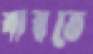
ঝরতে